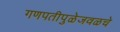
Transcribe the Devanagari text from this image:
गणपतीपुळेजवळचे